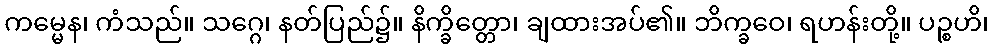
ကမ္မေန၊ ကံသည်။ သဂ္ဂေ၊ နတ်ပြည်၌။ နိက္ခိတ္တော၊ ချထားအပ်၏။ ဘိက္ခဝေ၊ ရဟန်းတို့။ ပဉ္စဟိ၊